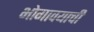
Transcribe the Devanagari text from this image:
भोगावयाची